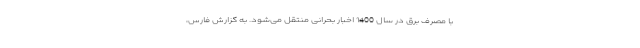
با مصرف برق در سال 1400 اخبار بحرانی منتقل می‌شود. به گزارش فارس،